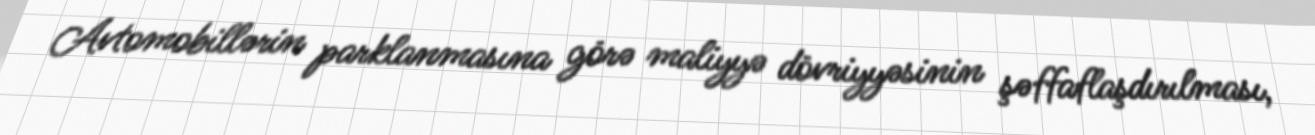
Avtomobillərin parklanmasına görə maliyyə dövriyyəsinin şəffaflaşdırılması,